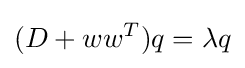
(D+ww^{T})q=\lambda q